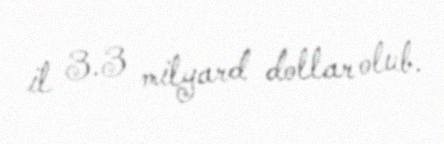
il 3.3 milyard dollar olub.